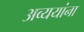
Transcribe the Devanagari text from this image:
अव्ययांना